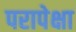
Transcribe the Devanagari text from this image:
परापेक्षा